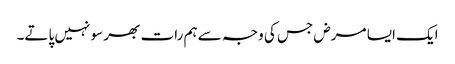
ایک ایسا مرض جس کی وجہ سے ہم رات بھر سو نہیں پاتے۔